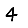
Digit: 4